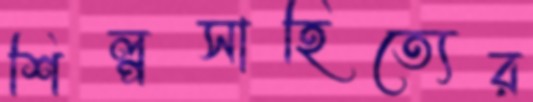
শিল্পসাহিত্যের